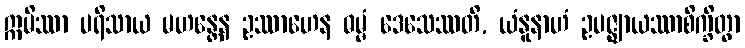
ဣမိဿာ ပရိသာယ မဟန္တေန ဥဿာဟေန ဓမ္မံ ဒေသေဿတိ, ယံနူနာဟံ ဥပဇ္ဈာယဿာစိက္ခိတွာ